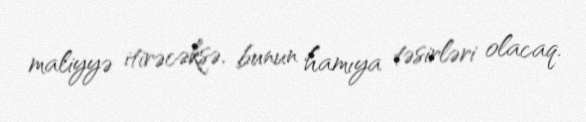
maliyyə itirəcəksə, bunun hamıya təsirləri olacaq.